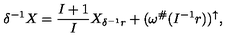
\delta ^ { - 1 } X = \frac { I + 1 } { I } X _ { \delta ^ { - 1 } r } + ( \omega ^ { \# } ( I ^ { - 1 } r ) ) ^ { \uparrow } ,